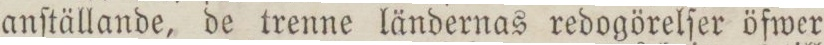
anſtällande, de trenne ländernas redogörelſer öfwer